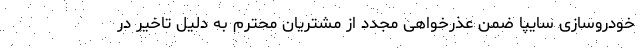
خودروسازی سایپا ضمن عذرخواهی مجدد از مشتریان محترم به دلیل تاخیر در